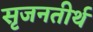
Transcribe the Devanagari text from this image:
सृजनतीर्थ